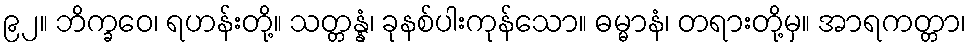
၉၂။ ဘိက္ခဝေ၊ ရဟန်းတို့။ သတ္တန္နံ၊ ခုနစ်ပါးကုန်သော။ ဓမ္မာနံ၊ တရားတို့မှ။ အာရကတ္တာ၊